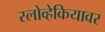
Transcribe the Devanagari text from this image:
स्लोव्हेकियावर